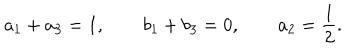
LaTeX: a _ { 1 } + a _ { 3 } = 1 , \qquad b _ { 1 } + b _ { 3 } = 0 , \qquad a _ { 2 } = \frac { 1 } { 2 } .